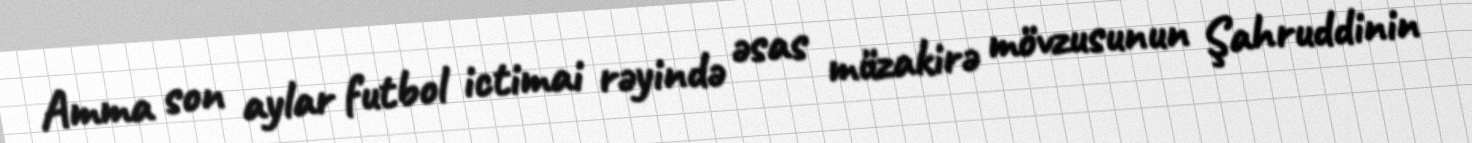
Amma son aylar futbol ictimai rəyində əsas müzakirə mövzusunun Şahruddinin